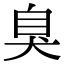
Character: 臭